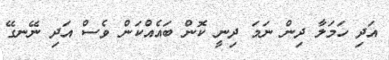
އަދި ހަމަލާ ދިން ނަމަ ދިނީ ކޮން ބައެއްކަން ވެސް އަދި ނޭނގޭ